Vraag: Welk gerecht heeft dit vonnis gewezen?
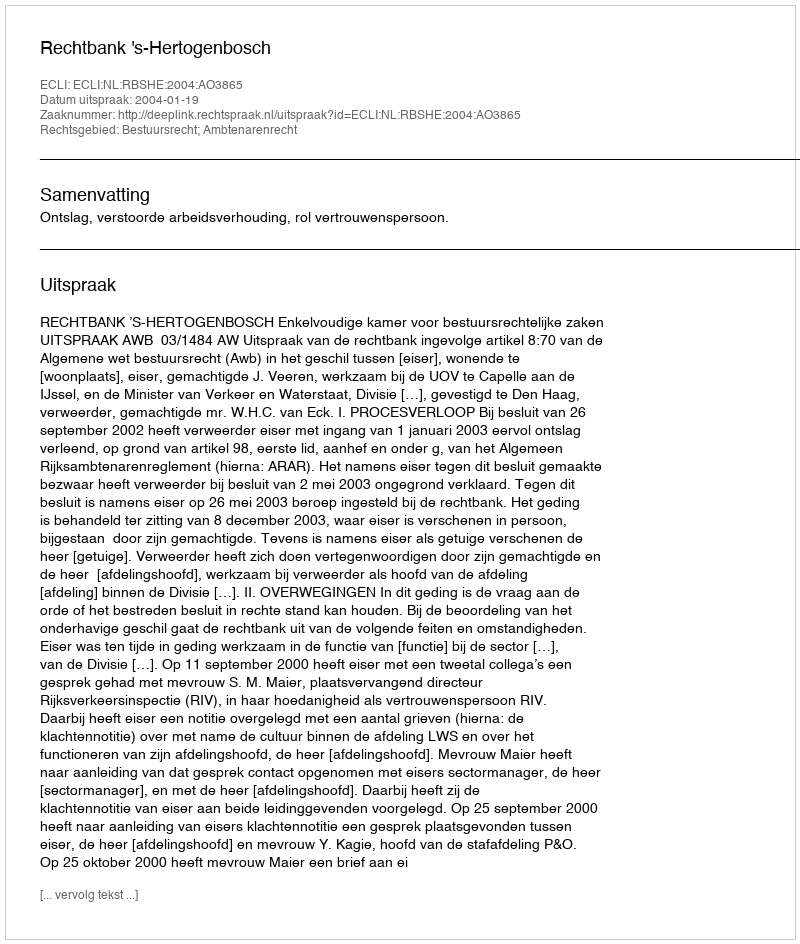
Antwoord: Rechtbank 's-Hertogenbosch